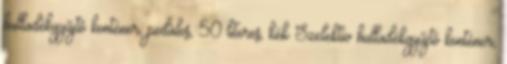
hulladékgyűjtő konténer, pedálos, 50 literes, kék Szelektív hulladékgyűjtő konténer,